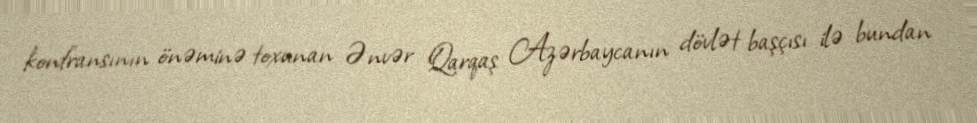
konfransının önəminə toxunan Ənvər Qarqaş Azərbaycanın dövlət başçısı ilə bundan